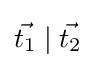
{\vec {t_{1}}}\mid {\vec {t_{2}}}